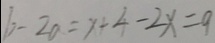
b - 2 0 = x + 4 - 2 x = 9